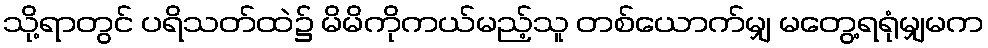
သို့ရာတွင် ပရိသတ်ထဲ၌ မိမိကိုကယ်မည့်သူ တစ်ယောက်မျှ မတွေ့ရရုံမျှမက